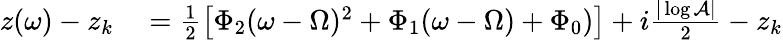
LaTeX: \begin{array}{rl}{z(\omega)-z_{k}}&{{}=\frac{1}{2}\left[\Phi_{2}(\omega-\Omega)^{2}+\Phi_{1}(\omega-\Omega)+\Phi_{0})\right]+i\frac{|\log\mathcal{A}|}{2}-z_{k}}\end{array}